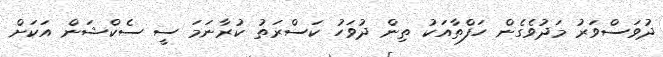
ދުވަސްވަރު މަދުވެގެން ހަފްތާއަކު ތިން ދުވަހު ކަސްރަތު ކުރާނަމަ ސީ ސެކްޝަން އަކަށް